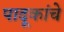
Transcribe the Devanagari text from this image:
पादूकांचे